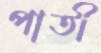
পাতী